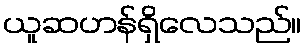
ယူဆဟန်ရှိလေသည်။